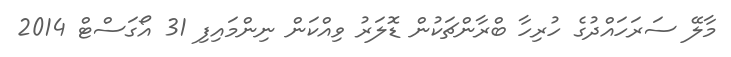
މާލޭ ސަރަހައްދުގެ ހުރިހާ ބްރާންޗަކުން ޑޮލަރު ވިއްކަން ނިންމައިފި 31 އޯގަސްޓް 2014